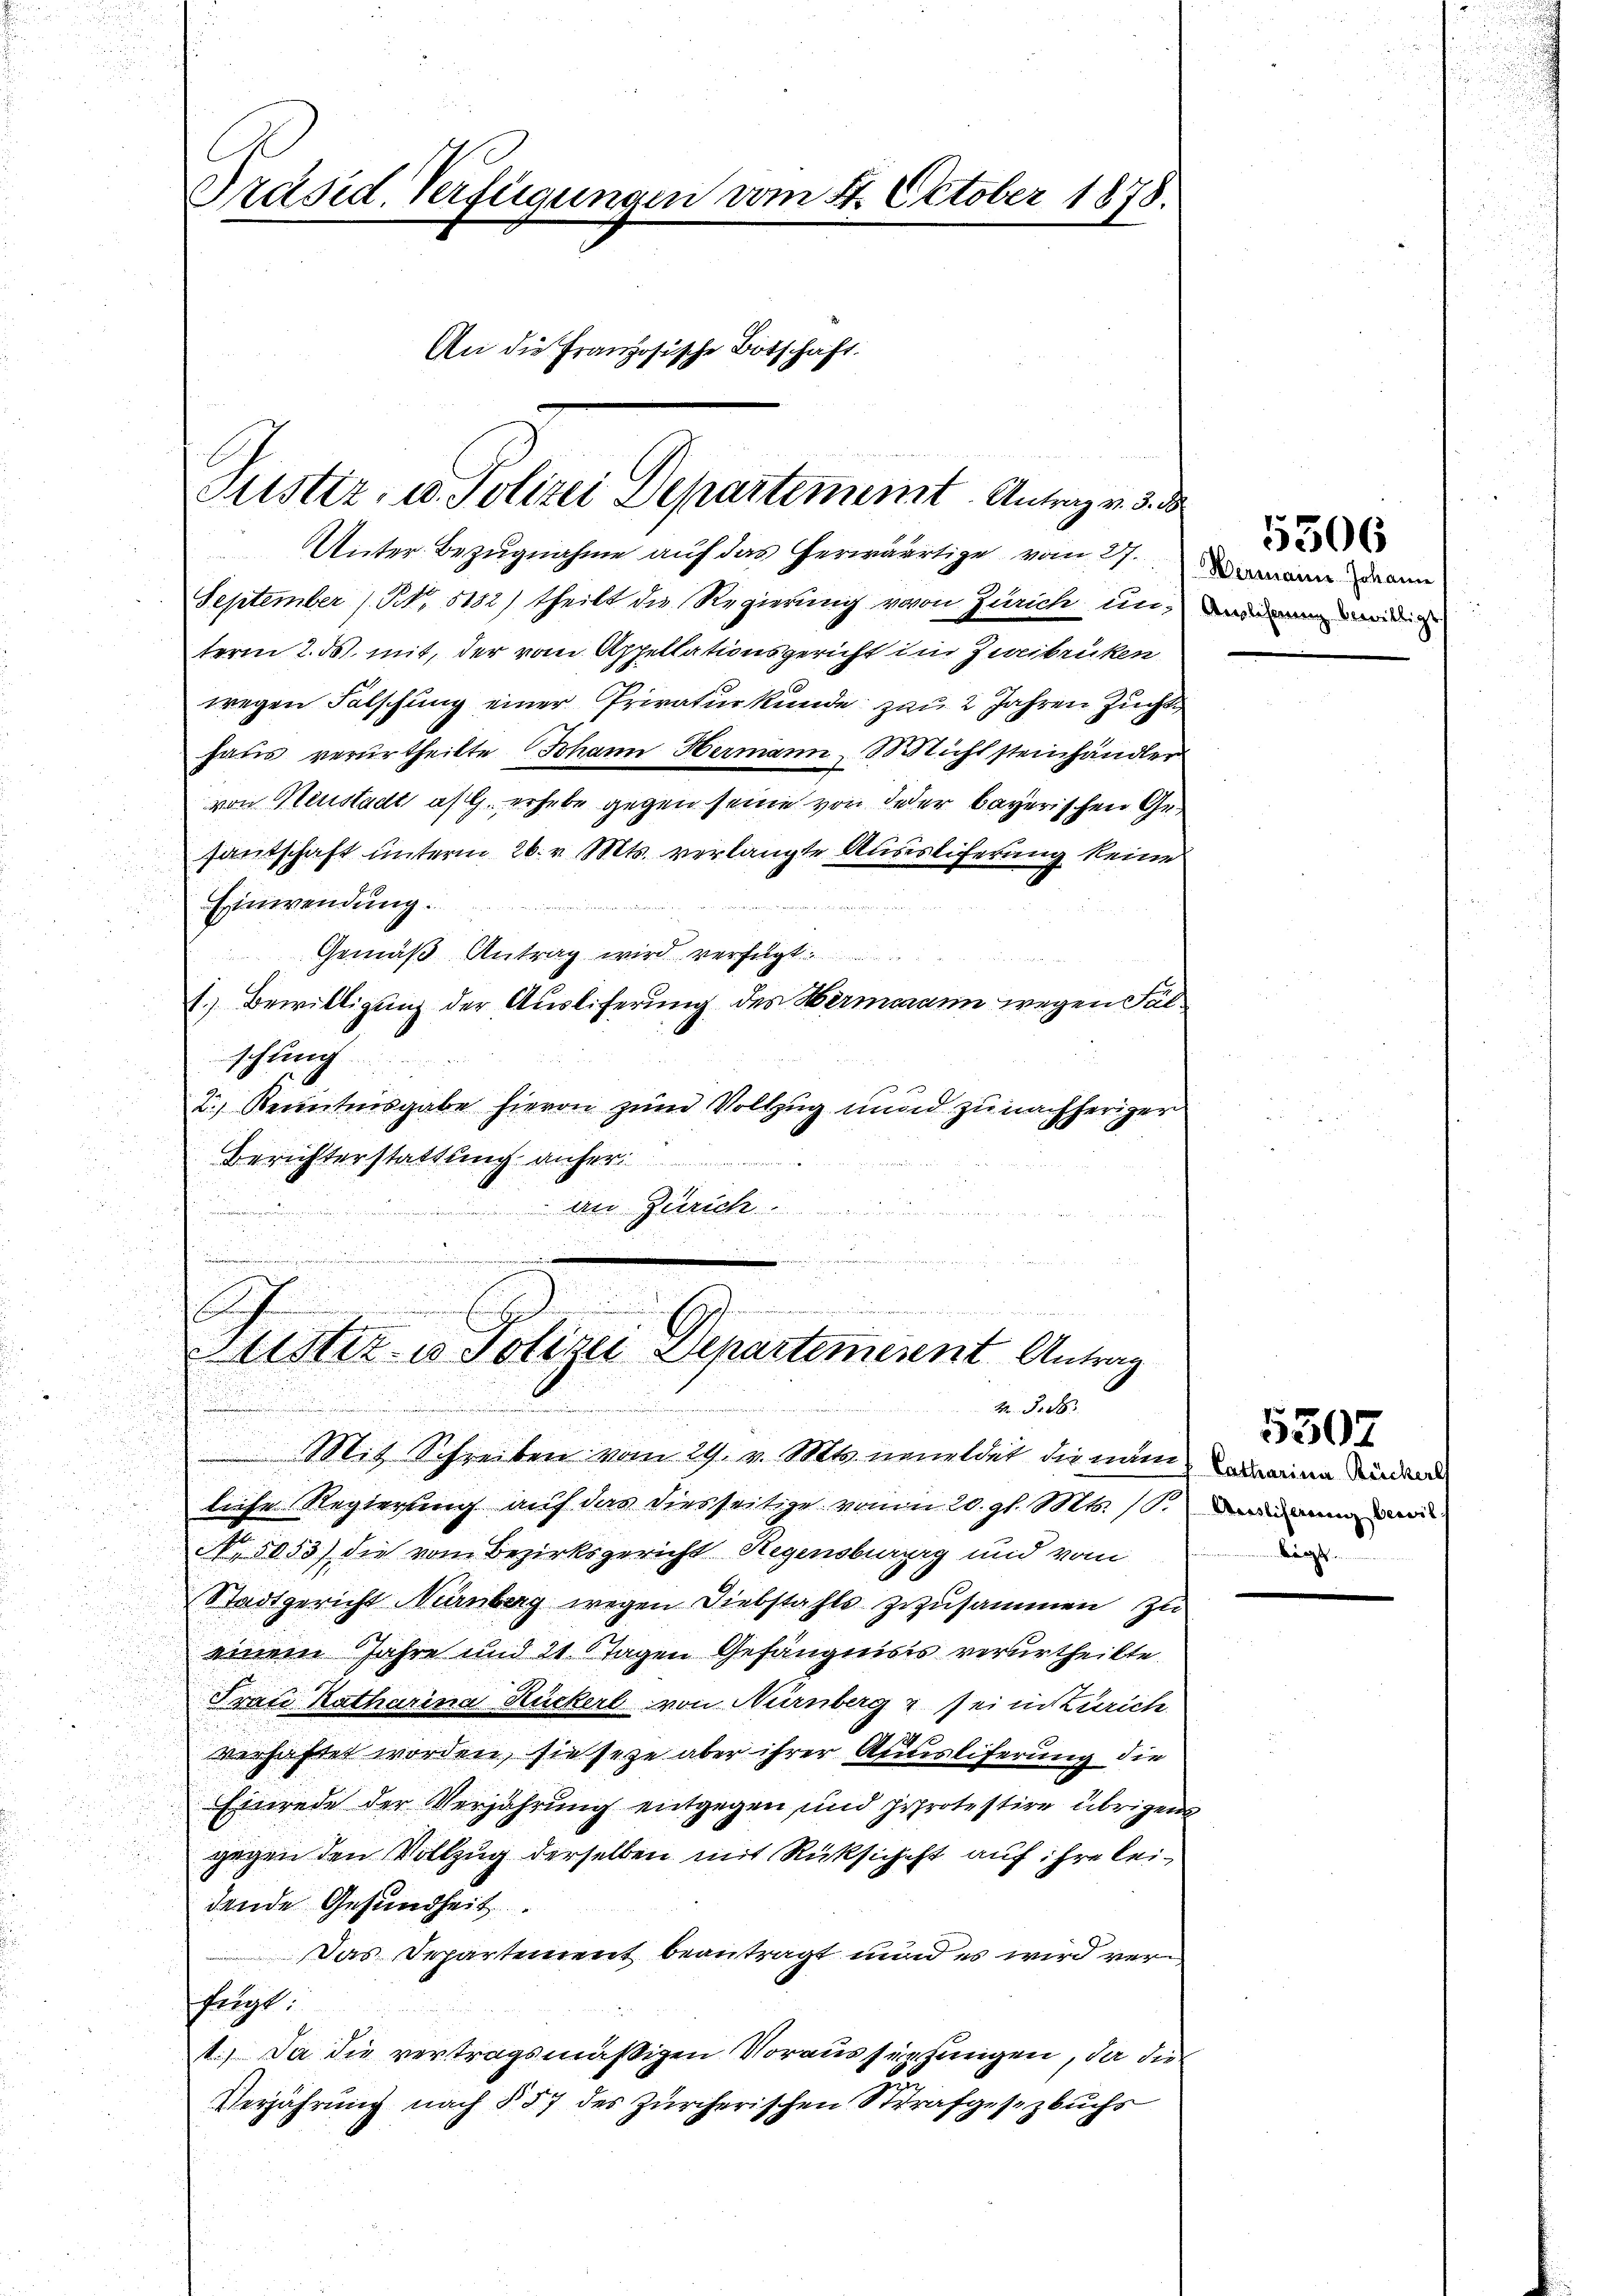
Präsid. Verfügungen vom 14. October 1878.
An die Französische Botschaft.

Justiz, u. Polizei Departement. Antrag v. 3. d

Unter Bezugnahme auf das herwärtige vom 27. an dann
September (N. 5182) theilt die Regierung vovon Zürich unterm 2. ds. mit, der von Appellationsgericht im Zweibrüken
wegen Falschung einer Privaturkunde zu 2 Jahren Zucht
haus verurtheilte Johann Hermann, nicht steinhändler
von Heustadt afl. erhebe gegen seine von jeder bayerischen Gesantschaft unterm 26. v. Mts. verlangte Ausistiferung keine
Einwendung.
Gemäß Antrag wird verfügt:
1.) Bewilligung der Ausliferung des Hermann wegen Fälschung
2.) Kenntnisgabe hievon zum Vollzug nund zu nachheriger
Berichterstattung anher
An Zürich

e
.
c

Kister in Polizei Departement Antrag
2 S. 28.
i

Mit Schreiben vom 29. v. Mts. neueldet die nun eine de
liche Regierung auf das diesseitige vom 20. gl. Mts. 1. d
N 5053) die vom Bezirksgericht Hegensburg und vom
Stadtgericht Nürnberg wegen Diebstahls zuzusammen zu
einem Jahre und 21 Tagen Gefängniss verurtheilte.
Frate Katharina Rückerl von Nürnberg & sei in Zürich
2
verhaftet worden, sie seye aber ihrer Auslieferung die
Einrede der Verjährung entgegen und protestire übrigens
gegen den Vollzug derselben mit Rücksicht auf ihre leidende Gesundheit
Das Departement beantragt und es wird verfegt
1.) Da die vertragsmäßigen Voraussupfungen, da die
Verjährung nach § 57 des Zürcherischen Strafgesezbuchs

Anlehnung bewilligt

5306

5307